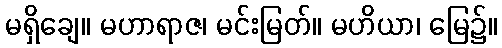
မရှိချေ။ မဟာရာဇ၊ မင်းမြတ်။ မဟိယာ၊ မြေ၌။